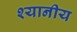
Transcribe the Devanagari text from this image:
श्यानीय